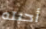
أحبته